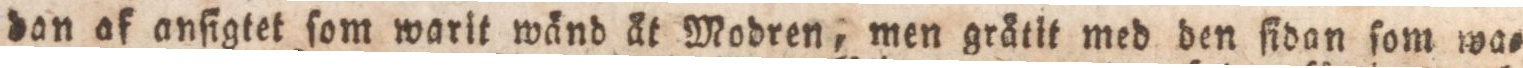
dan af anſigtet ſom warit wånd åt Modren, men gråtit med den ſidan ſom wa=